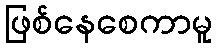
ဖြစ်နေစေကာမူ